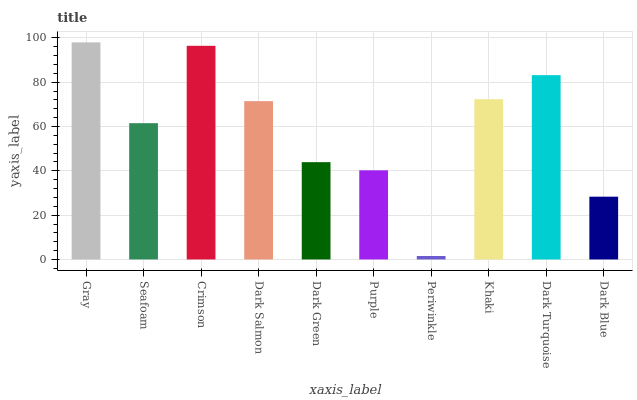
| xaxis_label | bars |
 | --- | --- |
 | Gray | 98 |
 | Seafoam | 61.5 |
 | Crimson | 96.4 |
 | Dark Salmon | 71.5 |
 | Dark Green | 43.9 |
 | Purple | 40.2 |
 | Periwinkle | 1.56 |
 | Khaki | 72.3 |
 | Dark Turquoise | 83.2 |
 | Dark Blue | 28.3 |